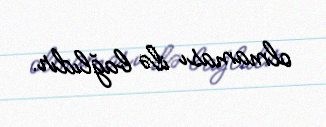
olmaması ilə bağlıdır.